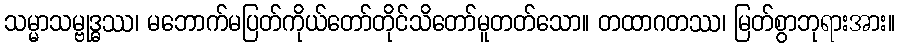
သမ္မာသမ္ဗုဒ္ဓဿ၊ မဘောက်မပြတ်ကိုယ်တော်တိုင်သိတော်မူတတ်သော။ တထာဂတဿ၊ မြတ်စွာဘုရားအား။